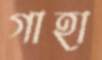
গাহা